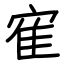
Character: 寉